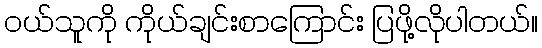
၀ယ်သူကို ကိုယ်ချင်းစာကြောင်း ပြဖို့လိုပါတယ်။